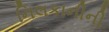
નિલકાનીની